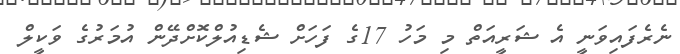
ނެރެފައިވަނީ އެ ޝަރީއަތް މި މަހު 17ގެ ފަހަށް ޝެޑިއުލްކޮށްދޭން އުމަރުގެ ވަކީލް